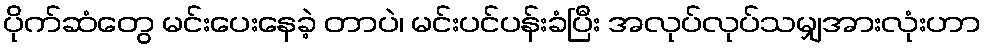
ပိုက်ဆံတွေ မင်းပေးနေခဲ့ တာပဲ၊ မင်းပင်ပန်းခံပြီး အလုပ်လုပ်သမျှအားလုံးဟာ